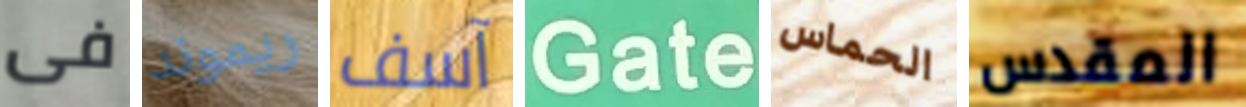
فى ريموند آسف Gate الحماس المقدس